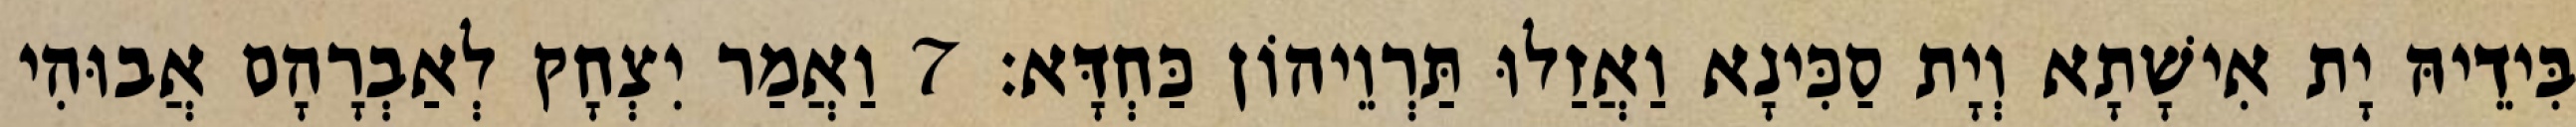
בִּידֵיהּ יָת אִישָׁתָא וְיָת סַכִּינָא וַאֲזַלוּ תַּרְוֵיהוֹן כַּחְדָּא׃ 7 וַאֲמַר יִצְחָק לְאַבְרָהָם אֲבוּהִי